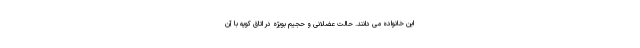
این خانواده می دانند. حالت عضلانی و حجیم بویژه در اتاق کوپه با آن